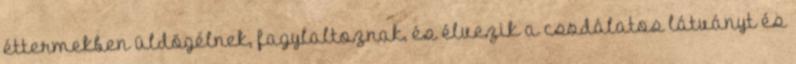
éttermekben üldögélnek, fagylaltoznak, és élvezik a csodálatos látványt és